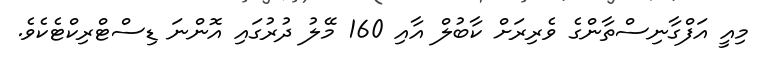
މިއީ އަފްގާނިސްތާންގެ ވެރިރަށް ކާބުލް އާއި 160 މޭލު ދުރުގައި އޮންނަ ޑިސްޓްރިކްޓެކެވެ.